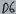
Text: D6